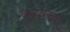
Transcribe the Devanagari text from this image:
कुरुवाळू